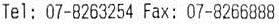
TEL: 07-8263254 FAX: 07-8266888